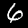
Digit: 6